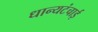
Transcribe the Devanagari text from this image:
धान्यटंचाई